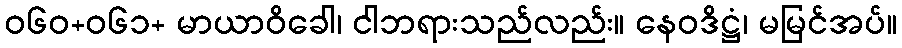
ဝ၆၀+၀၆၁+ မာယာဝိခေါ၊ ငါဘရားသည်လည်း။ နေဝဒိဋ္ဌံ၊ မမြင်အပ်။